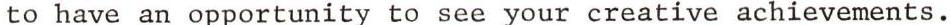
to have an opportunity to see your creative achievements.